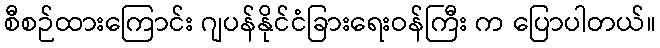
စီစဉ်ထားကြောင်း ဂျပန်နိုင်ငံခြားရေးဝန်ကြီး က ပြောပါတယ်။